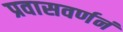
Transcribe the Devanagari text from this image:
प्रवासवर्णनं